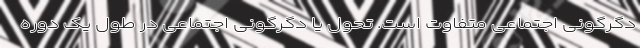
دگرگونی اجتماعی متفاوت است. تحول یا دگرگونی اجتماعی در طول یک دوره